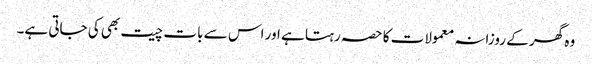
وہ گھر کے روزانہ معمولات کا حصہ رہتا ہے اور اس سے بات چیت بھی کی جاتی ہے۔